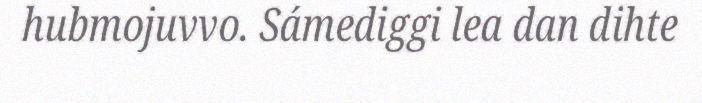
hubmojuvvo. Sámediggi lea dan dihte